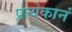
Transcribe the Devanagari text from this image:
प्रत्येकानं